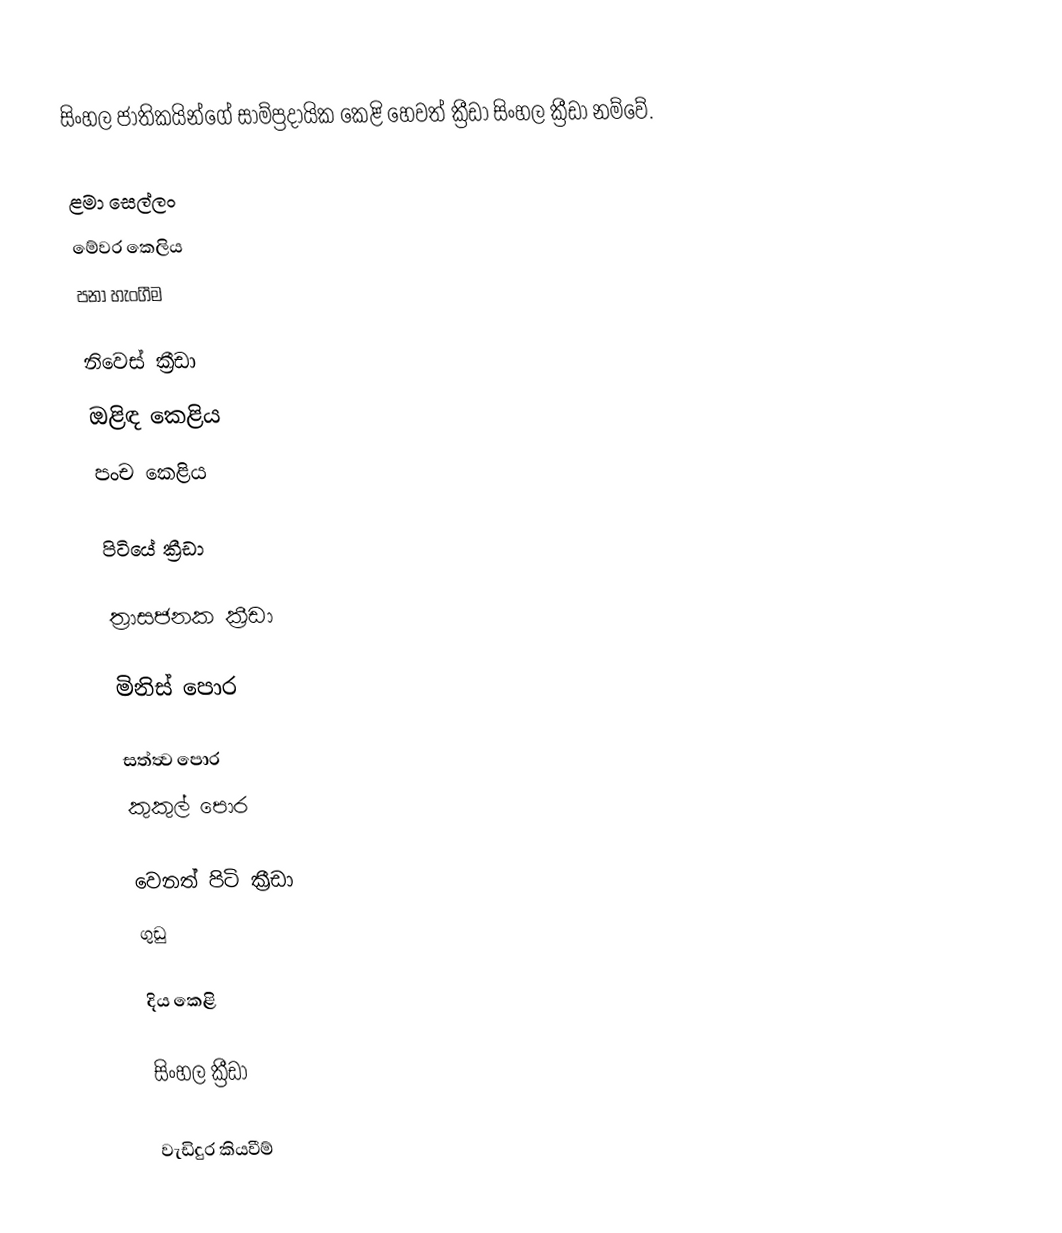
සිංහල ජාතිකයින්ගේ සාම්ප්‍රදායික කෙළි හෙවත් ක්‍රීඩා සිංහල ක්‍රීඩා නම්වේ.

ළමා සෙල්ලං
 මේවර කෙලිය
 පනා හැංගීම

නිවෙස් ක්‍රීඩා
 ඔළිඳ කෙළිය
 පංච කෙළිය

පිටියේ ක්‍රීඩා

ත්‍රාසජනක ක්‍රීඩා

මිනිස් පොර

සත්ත්‍ව පොර
 කුකුල් පොර

වෙනත් පිටි ක්‍රීඩා
 ගුඩු

දිය කෙළි

සිංහල ක්‍රීඩා

වැඩිදුර කියවීම්